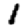
Digit: 1